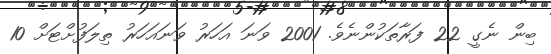
ބިން ނެގީ 22 ފަރާތަކުންނެވެ. 2001 ވަނަ އަހަރު ވަނައަހަރު ތިލަފުށްޓަށް 10